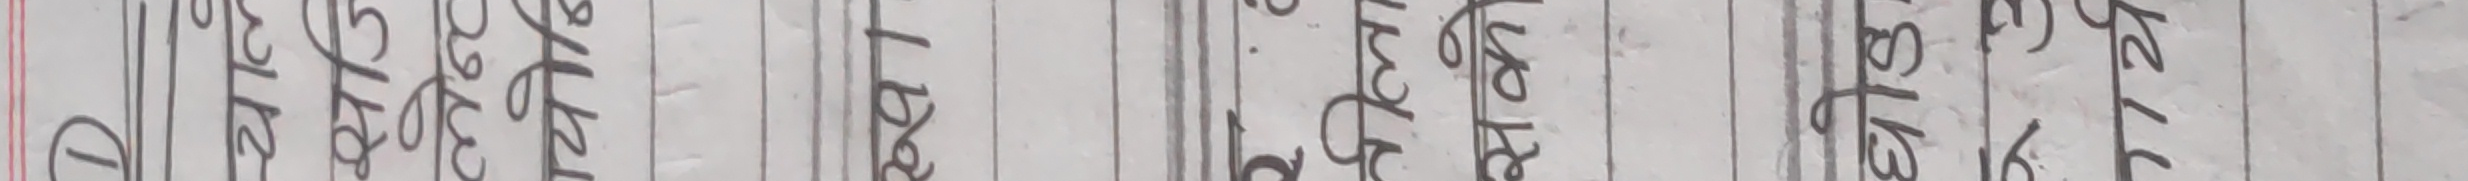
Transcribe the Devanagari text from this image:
बैठक भत्ता